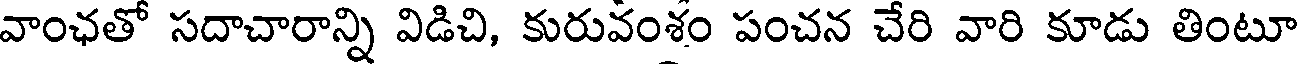
వాంఛతో సదాచారాన్ని విడిచి, కురువంశం పంచన చేరి వారి కూడు తింటూ